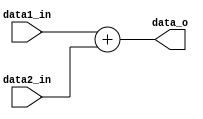
`ifndef ADDER_V
`define ADDER_V

module Adder (
    data1_in,
    data2_in,
    data_o
);

input   [31:0]  data1_in;
input   [31:0]  data2_in;
output  [31:0]  data_o;

assign data_o = data1_in + data2_in;

endmodule

`endif